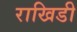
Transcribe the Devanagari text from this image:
राखिडी